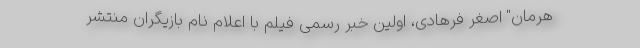
هرمان" اصغر فرهادی، اولین خبر رسمی فیلم با اعلام نام بازیگران منتشر